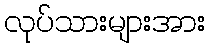
လုပ်သားများအား